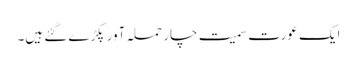
ایک عورت سمیت چار حملہ آور پکڑے گئے ہیں۔